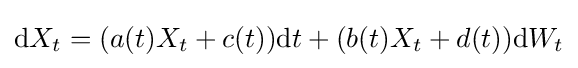
\mathrm {d} X_{t}=(a(t)X_{t}+c(t))\mathrm {d} t+(b(t)X_{t}+d(t))\mathrm {d} W_{t}